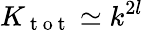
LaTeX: K_{\mathrm{~t~o~t~}}\simeq k^{2l}